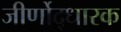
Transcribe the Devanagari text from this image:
जीर्णोद्धारक